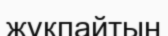
жұқпайтын